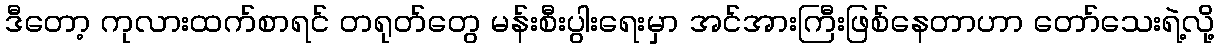
ဒီတော့ ကုလားထက်စာရင် တရုတ်တွေ မန်းစီးပွါးရေးမှာ အင်အားကြီးဖြစ်နေတာဟာ တော်သေးရဲ့လို့